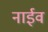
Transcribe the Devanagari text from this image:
नाईव